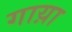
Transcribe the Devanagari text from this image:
गाय़ा